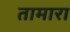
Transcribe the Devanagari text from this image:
तामारा